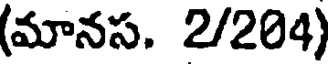
(మానస. 2/204)